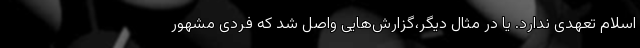
اسلام تعهدی ندارد. یا در مثال دیگر،گزارش‌هایی واصل شد که فردی مشهور